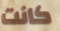
كانت